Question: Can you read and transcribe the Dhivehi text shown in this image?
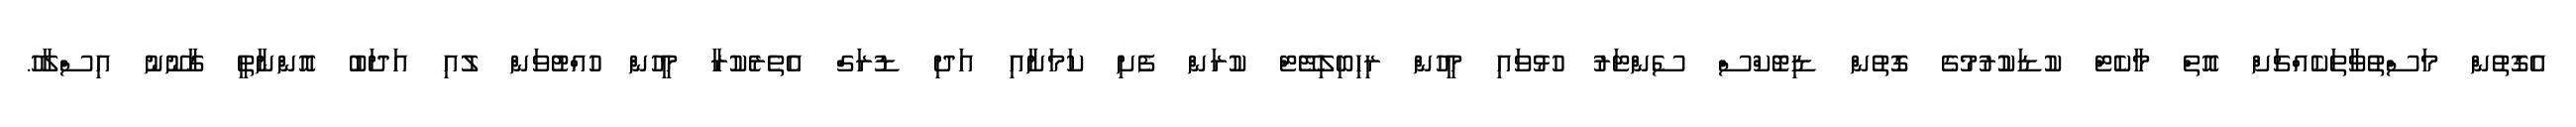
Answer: އެގޮތުން މަސްތުވާތަކެއްޗަށް އޮތް މާކެޓް ކުޑަކުުރުމުގެ ގޮތުން ޑިޓޮކްސް ސެންޓަރު ހުޅުވައި މީހުން ރިހިބިލިޓޭޓް ކުރަން ފެށި ކަމަށާއި އަދި ޑުރަގް އެތެރެކުރާ މީހުން ހުއްޓުވަން ލުއި އަދަބު އޮންނާތީ ގާނޫނު އިސްލާހު.